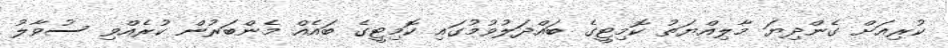
ކުރިއަށް ގެންދިޔަ މާލިއްޔަތު ކޮމިޓީގެ ބައްދަލުވުމުގައި ކޮމިޓީގެ ބައެއް މެންބަރުން ކުރެއްވި ސުވާލު